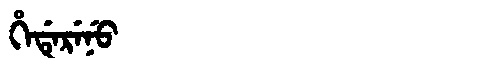
Manchu: ᡥᡝᡩᡝᡵᡝᠨᡠ
Romanization: HEDERENU